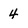
Character: 4